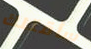
سأقتلك